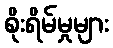
စိုးရိမ်မှုများ